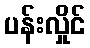
ပန်းလှိုင်